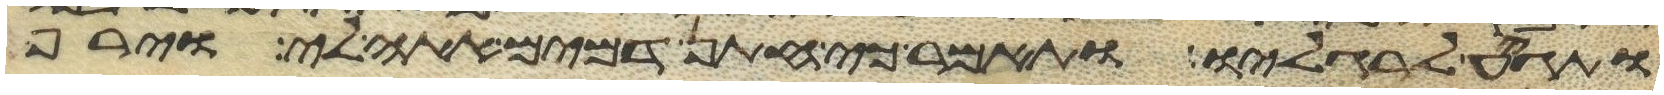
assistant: ותגיע לרגליו ותאמר כי חתן דמים אתה לי וירף